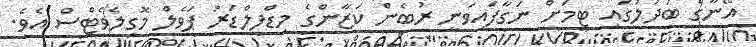
އޭނާގެ ބަދަލުގައި ޓީމަށް ނަގާފައިވަނީ ރުބެން ކަޒާންގެ މިޑްފީލްޑަރު ޕަވެލް މޮގިލެވެޓްސް އެވެ.